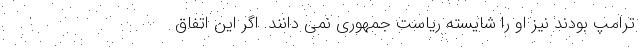
ترامپ بودند نیز او را شایسته ریاست جمهوری نمی دانند. اگر این اتفاق